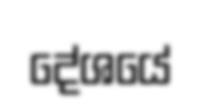
දේශයේ